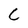
Character: C